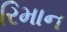
રિમાન